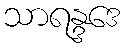
သာရန္ဒဒေ